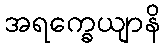
အရက္ခေယျာနိ